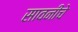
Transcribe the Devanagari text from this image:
सावनीचे